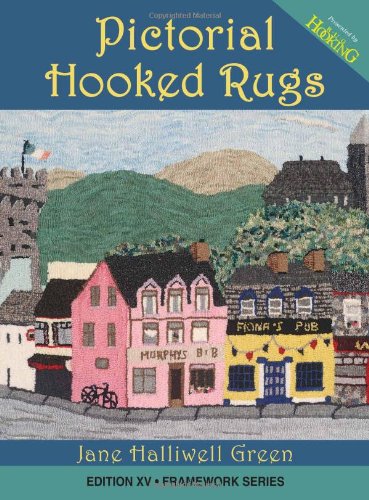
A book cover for Pictorial Hooked Rugs; Jane Halliwell Green; Crafts, Hobbies & Home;